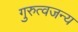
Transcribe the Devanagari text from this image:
गुरुत्वजन्य